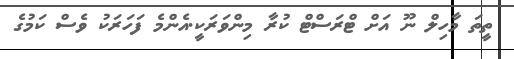
ތީތަ މާހިލް ނޫ އަށް ޓްރަސްޓް ކުރާ މިންވަރަކީ.އެންމެ ފަހަރަކު ވެސް ކަމުގެ